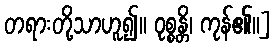
တရားတို့သာဟူ၍။ ဝုစ္စန္တိ၊ ကုန်၏။]